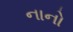
નાનો